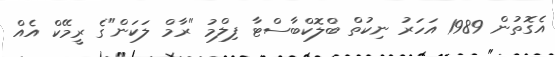
އެގޮތުން 1989 އަހަރު ނިކުތް ބްލޮކްބާސްޓާ ފިލްމު "ރާމް ލަކަން"ގެ ރީމޭކް އެއް